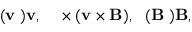
( { \bf v \nabla ) v } , ~ ~ { \bf \nabla \times ( v \times B ) } , ~ ~ ( { \bf B \nabla ) B } ,